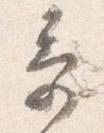
奇